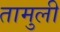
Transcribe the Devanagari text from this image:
तामुली